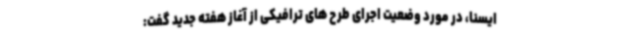
ایسنا، در مورد وضعیت اجرای طرح های ترافیکی از آغاز هفته جدید گفت: